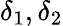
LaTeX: \delta_{1},\delta_{2}